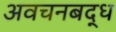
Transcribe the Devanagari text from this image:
अवचनबद्ध